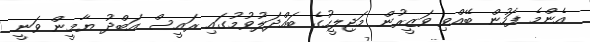
އެންމެ ފަހުން ބޭއްވި ވަޒީރުން މަޖިލީހުގެ ބައްދަލުވުމުގައި ރައީސް އަބްދު ޔާމީން ވަނީ